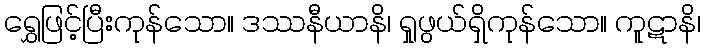
ရွှေဖြင့်ပြီးကုန်သော။ ဒဿနီယာနိ၊ ရှုဖွယ်ရှိကုန်သော။ ကူဋာနိ၊